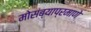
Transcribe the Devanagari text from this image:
मोसंब्याप्रमाणे